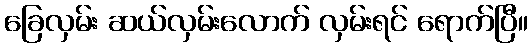
ခြေလှမ်း ဆယ်လှမ်းလောက် လှမ်းရင် ရောက်ပြီ။